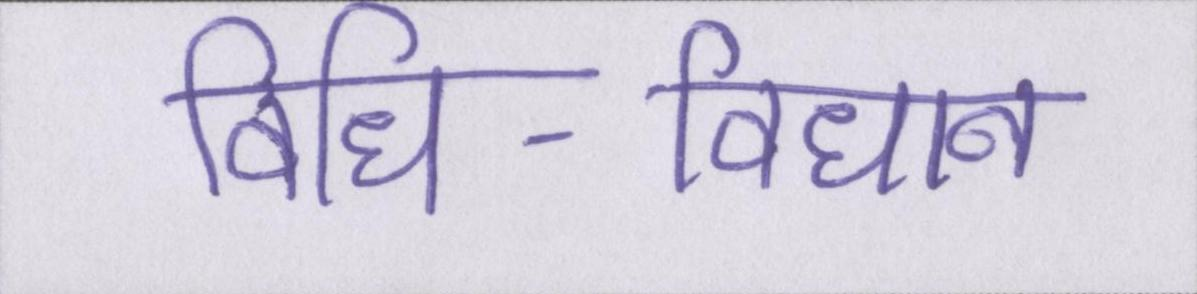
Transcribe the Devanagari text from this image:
विधि-विधान